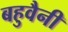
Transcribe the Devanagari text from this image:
बहुवैनी